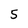
Character: 5